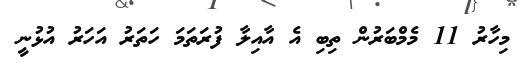
މިހާރު 11 މެމްބަރުން ތިބި އެ އާއިލާ ފުރަތަމަ ހަތަރު އަހަރު އުޅުނީ